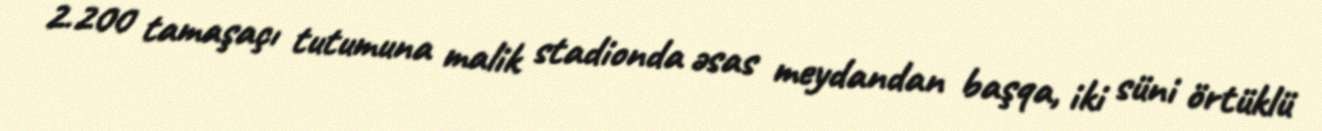
2.200 tamaşaçı tutumuna malik stadionda əsas meydandan başqa, iki süni örtüklü